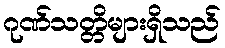
ဂုဏ်သတ္တိများရှိသည်